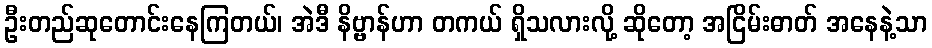
ဦးတည်ဆုတောင်းနေကြတယ်၊ အဲဒီ နိဗ္ဗာန်ဟာ တကယ် ရှိသလားလို့ ဆိုတော့ အငြိမ်းဓာတ် အနေနဲ့သာ